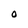
Character: O